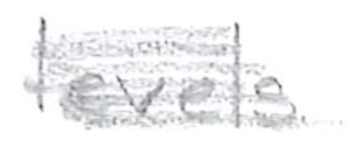
Text: levels
Cross-out: scratch
Writing tool: pencil